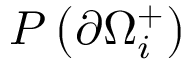
P \left( \partial \Omega _ { i } ^ { + } \right)